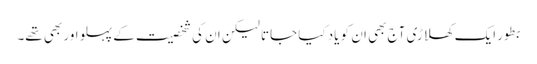
بطور ایک کھلاڑی آج بھی ان کو یاد کیا جاتا لیکن ان کی شخصیت کے پہلو اور بھی تھے۔